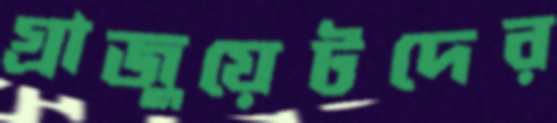
গ্রাজুয়েটদের